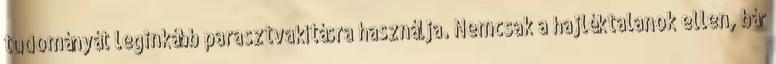
tudományát leginkább parasztvakításra használja. Nemcsak a hajléktalanok ellen, bár